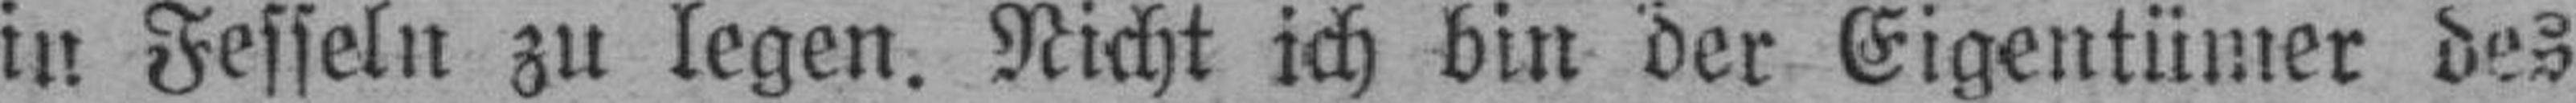
in Fesseln zu legen. Nicht ich bin der Eigentümer des